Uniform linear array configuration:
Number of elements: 4
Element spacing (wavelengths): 1
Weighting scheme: hamming
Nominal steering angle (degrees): -15
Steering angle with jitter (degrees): -16.613
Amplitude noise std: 0.05
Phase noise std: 0.05

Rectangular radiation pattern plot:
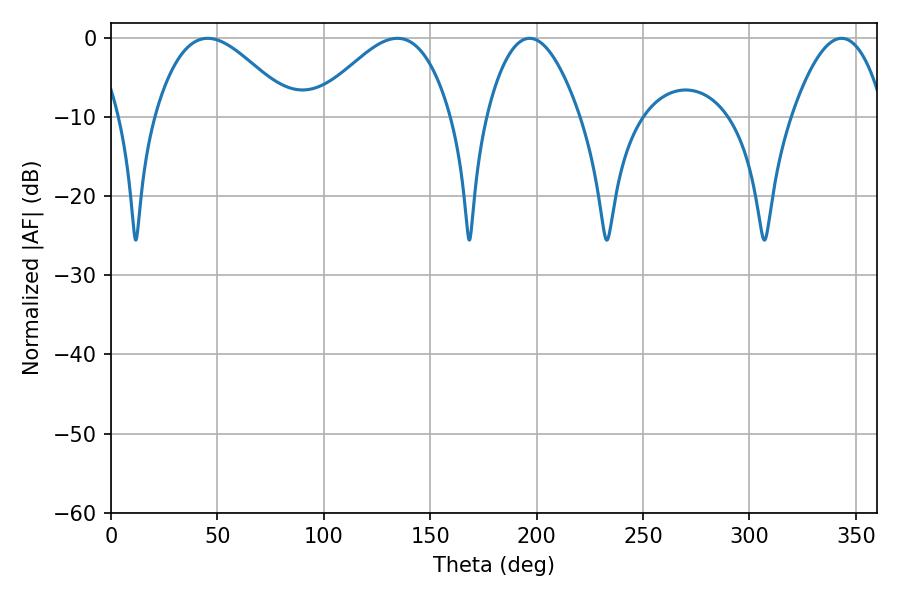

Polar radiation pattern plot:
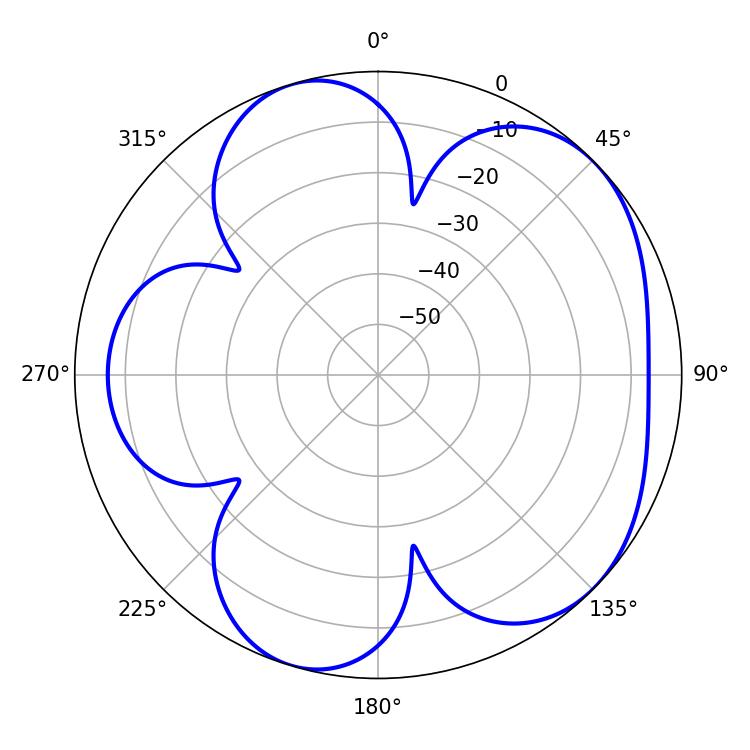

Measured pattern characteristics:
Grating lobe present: TRUE
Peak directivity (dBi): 5.214
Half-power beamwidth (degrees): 23.94
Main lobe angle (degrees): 196.74